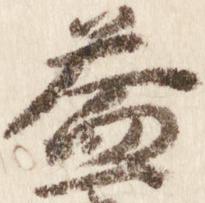
益